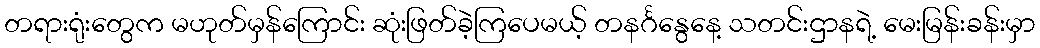
တရားရုံးတွေက မဟုတ်မှန်ကြောင်း ဆုံးဖြတ်ခဲ့ကြပေမယ့် တနင်္ဂနွေနေ့ သတင်းဌာနရဲ့ မေးမြန်းခန်းမှာ